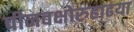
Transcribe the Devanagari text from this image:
पीनवक्षोरुहाढया